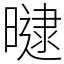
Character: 曃